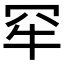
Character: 𤘰